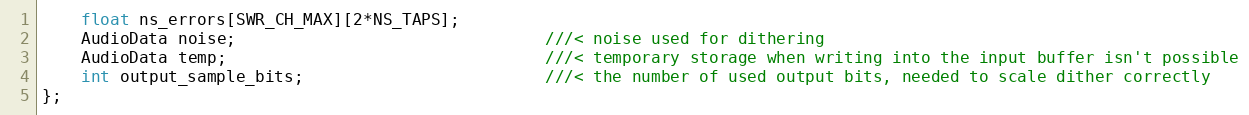
Language: C
    float ns_errors[SWR_CH_MAX][2*NS_TAPS];
    AudioData noise;                                ///< noise used for dithering
    AudioData temp;                                 ///< temporary storage when writing into the input buffer isn't possible
    int output_sample_bits;                         ///< the number of used output bits, needed to scale dither correctly
};